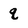
Character: q